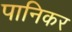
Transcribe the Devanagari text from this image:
पानिकर